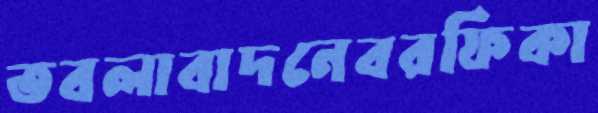
তবলাবাদনেবরফিকা